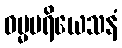
ဓမ္မပရိယေသနံ